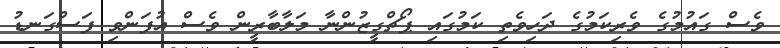
ވެސް ގައުމުގެ ވެރިކަމުގެ ދަހިވެތި ކަމުގައި ޕޯޗްގީޒުންނާ މަލާބާރީން ވެސް އުފަންވި ފަސްގަނޑު